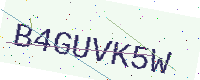
Text: B4GUVK5W